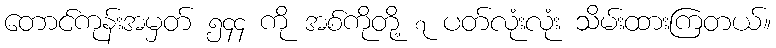
တောင်ကုန်းအမှတ် ၅၄၄ ကို အစ်ကိုတို့ ၇ ပတ်လုံးလုံး သိမ်းထားကြတယ်။